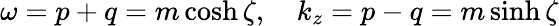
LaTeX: \omega=p+q=m\cosh\zeta,\quad k_{z}=p-q=m\sinh\zeta